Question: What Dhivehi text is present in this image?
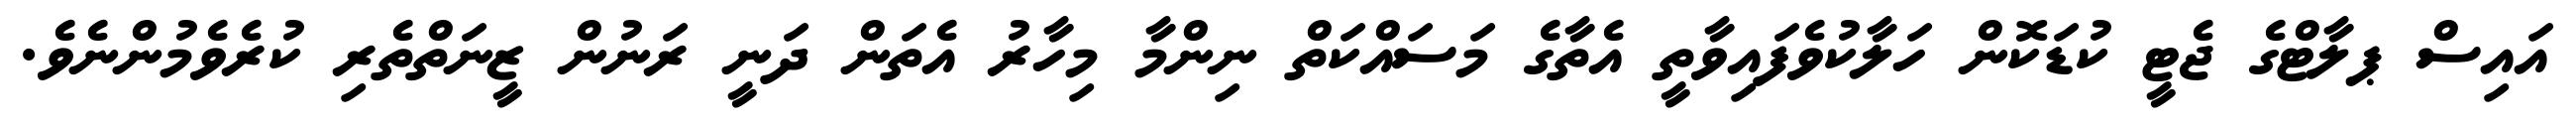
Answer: އައިސް ޕލާޓްގެ ޖެޓީ ކުޑަކޮން ހަލާކުވެފައިވާތީ އެތާގެ މަސައްކަތް ނިންމާ މިހާރު އެތަން ދަނީ ރަނުން ޒީނަތްތެރި ކުރެވެމުންނެވެ.